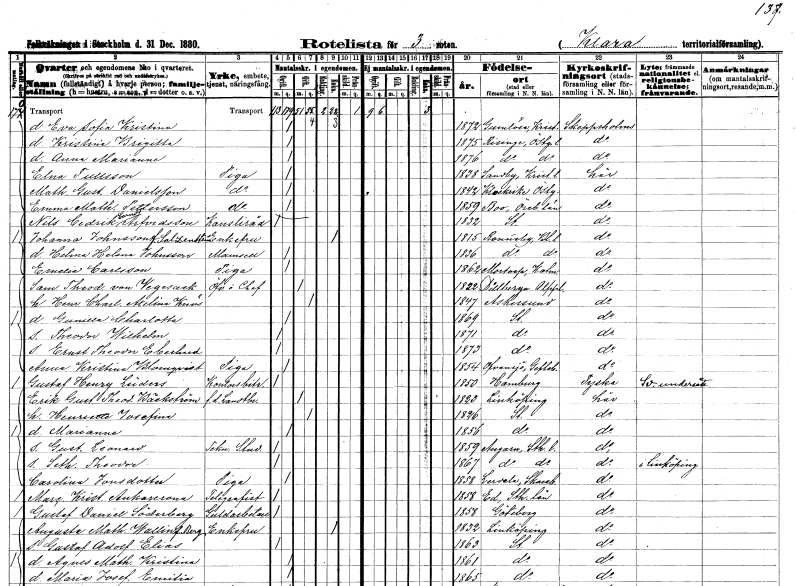
gt_parse: households: individuals: FN: Eva Sofia Kristina
KON: K
CIV: O
FODAR: 1872
FODFORS: Gumlösa Kristianstads län
FN: Kristina Brigitta
KON: K
CIV: O
FODAR: 1875
FODFORS: Risinge Östergötlands län
FN: Anna Marianne
KON: K
CIV: O
FODAR: 1876
FODFORS: Risinge Östergötlands län
FN: Elna
EN: Tullsson
YRKE: Piga
KON: K
CIV: O
FODAR: 1838
FODFORS: Sandby Kristianstads län
FN: Mathilda Gustafva
EN: Danielsson
YRKE: Piga
KON: K
CIV: O
FODAR: 1842
FODFORS: Klockrike Östergötlands län
FN: Emma Mathilda
EN: Pettersson
YRKE: Piga
KON: K
CIV: O
FODAR: 1859
FODFORS: Bo Örebro län
FN: Nils Cedrik
EN: Carndt Arfvidsson
YRKE: Kansliråd
KON: M
CIV: O
FODAR: 1832
FODFORS: Stockholm
FN: Johanna
EN: Johnsson Salzenstein
KON: K
CIV: E
FODAR: 1815
FODFORS: Ronneby Blekinge län
FN: Hilma Helena
EN: Johnsson
KON: K
CIV: O
FODAR: 1836
FODFORS: Ronneby Blekinge län
FN: Emelie
EN: Carlsson
YRKE: Piga
KON: K
CIV: O
FODAR: 1862
FODFORS: Mortorp Kalmar län
FN: Samuel Theodor
EN: von Vegesack
YRKE: Överstelöjtnant Chef
KON: M
CIV: G
FODAR: 1822
FODFORS: Villberga Uppsala län
FN: Henrik Charlotta Axelina
EN: Knös
KON: K
CIV: G
FODAR: 1847
FODFORS: Askersund Örebro län
FN: Gunilla Charlotta
KON: K
CIV: O
FODAR: 1869
FODFORS: Stockholm
FN: Theodor Wilhelm
KON: M
CIV: O
FODAR: 1871
FODFORS: Stockholm
FN: Ernst Theodor
EN: Eberhud
KON: M
CIV: O
FODAR: 1873
FODFORS: Stockholm
FN: Anna Kristina
EN: Blomqvist
YRKE: Piga
KON: K
CIV: O
FODAR: 1854
FODFORS: Ovansjö Gävleborgs län
FN: Gustaf Henry
EN: Lüders
YRKE: Kontorsbiträde
KON: M
CIV: O
FODAR: 1850
FN: Erik Gustaf Theodor
EN: Bäckström
YRKE: Lantbrukare f.d.
KON: M
CIV: G
FODAR: 1823
FODFORS: Linköping Östergötlands län
FN: Henriette Josefina
KON: K
CIV: G
FODAR: 1826
FODFORS: Stockholm
FN: Marianne
KON: K
CIV: O
FODAR: 1856
FODFORS: Stockholm
FN: Gustaf Leonard
YRKE: Teknisk stud
KON: M
CIV: O
FODAR: 1859
FODFORS: Angarn Stockholms län
FN: Seth Theodor
KON: M
CIV: O
FODAR: 1867
FODFORS: Angarn Stockholms län
FN: Carolina
EN: Jonsdotter
YRKE: Piga
KON: K
CIV: O
FODAR: 1858
FODFORS: Lerdala Skaraborgs län
FN: Marc. Krist.
EN: Ankarcrona
YRKE: Telegrafist
KON: M
CIV: O
FODAR: 1858
FODFORS: Ed Stockholms län
FN: Gustaf Daniel
EN: Söderberg
YRKE: Guldarbetare
KON: M
CIV: O
FODAR: 1858
FODFORS: Göteborg Göteborgs- och Bohuslän
FN: Augusta Mathilda
EN: Wallin Berg
KON: K
CIV: E
FODAR: 1832
FODFORS: Linköping Östergötlands län
FN: Gustaf Adolf Elias
KON: M
CIV: O
FODAR: 1863
FODFORS: Stockholm
FN: Agnes Mathilda Kristina
KON: K
CIV: O
FODAR: 1861
FODFORS: Stockholm
FN: Maria Josefina Emilia
KON: K
CIV: O
FODAR: 1865
FODFORS: Stockholm